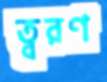
ত্বরণ